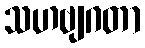
သဟဗျဂတာ